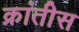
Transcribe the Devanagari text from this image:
क्रांतीस